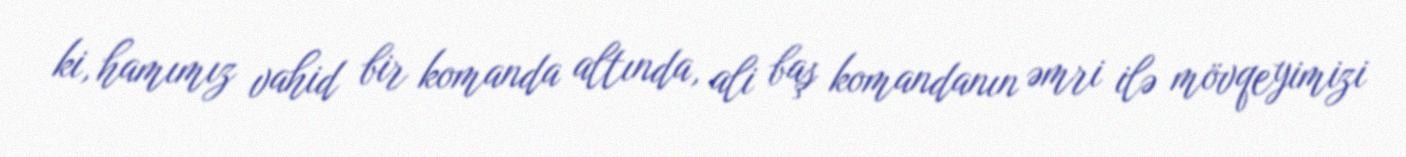
ki, hamımız vahid bir komanda altında, ali baş komandanın əmri ilə mövqeyimizi